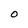
Character: O